Vaccine operations Central Provinces 1868-1885 - 1868-1885
Year: 1868
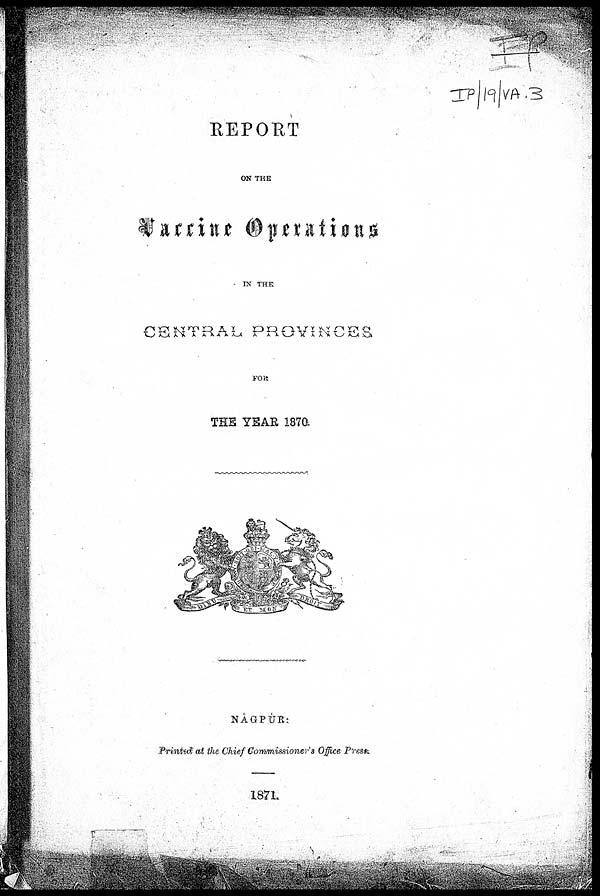
REPORT
ON THE
Vaccine Operations
IN THE
CENTRAL PROVINCES
FOR
THE YEAR 1870
NAGPUR:
Printed at the Chief Commissioner's Office Press.
1871.